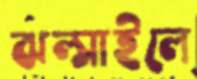
ঝল্‌সাইলে